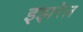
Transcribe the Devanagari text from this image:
इझरेल